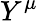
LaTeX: Y^{\mu}